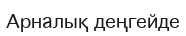
Арналық деңгейде